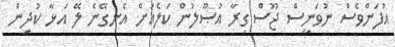
އުފަންވެސް ނުވަނީސް ޖޫސް ގިރާ އުޞޫލުން ކަލެއަށް އެނގޭނެ ލޭ އަޅާ ކުދިން